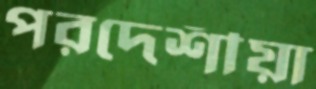
পরদেশীয়া